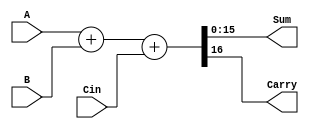
module fa(A,B,Sum,Cin,Carry);
  
  input [15:0]A,B;
  input Cin;
  output [15:0]Sum;
  output Carry;

assign {Carry,Sum} = A+B+Cin;

endmodule